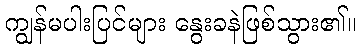
ကျွန်မပါးပြင်များ နွေးခနဲဖြစ်သွား၏။